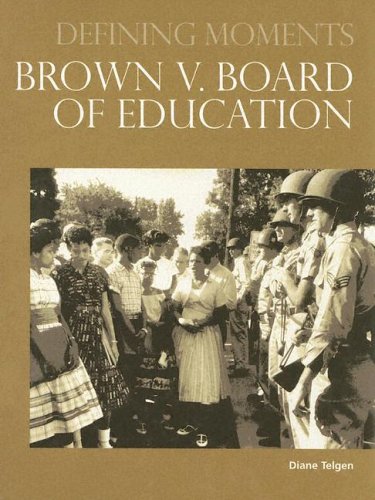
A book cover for Brown V. Board of Education (Defining Moments); Diane Telgen; Law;